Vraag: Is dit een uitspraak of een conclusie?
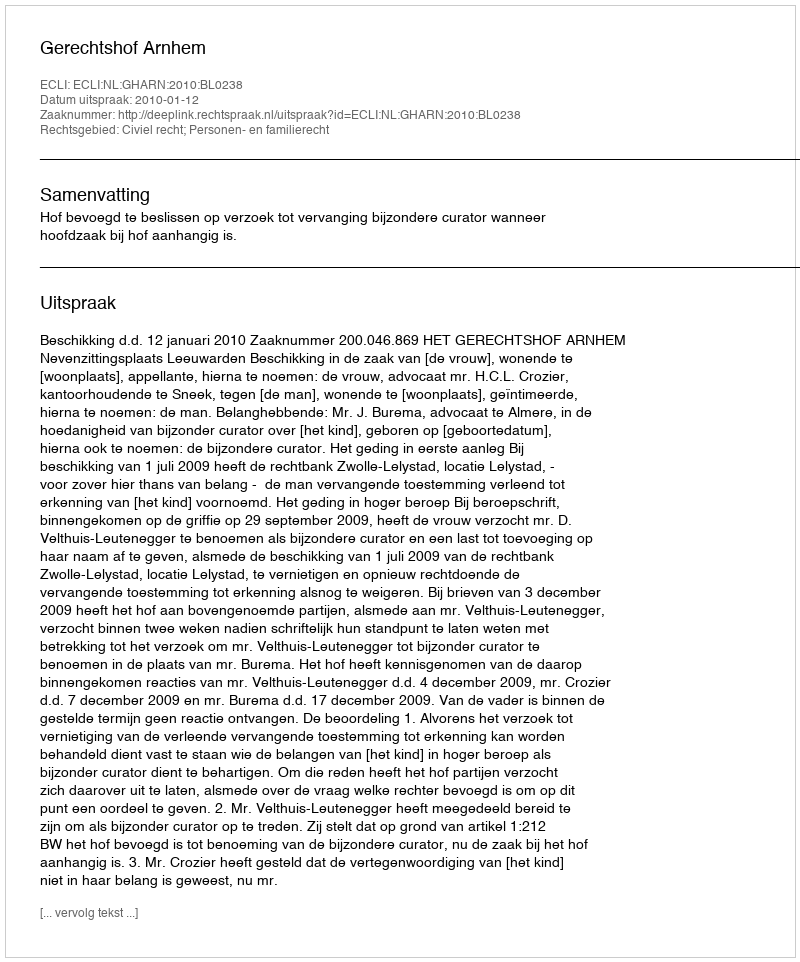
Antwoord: Uitspraak